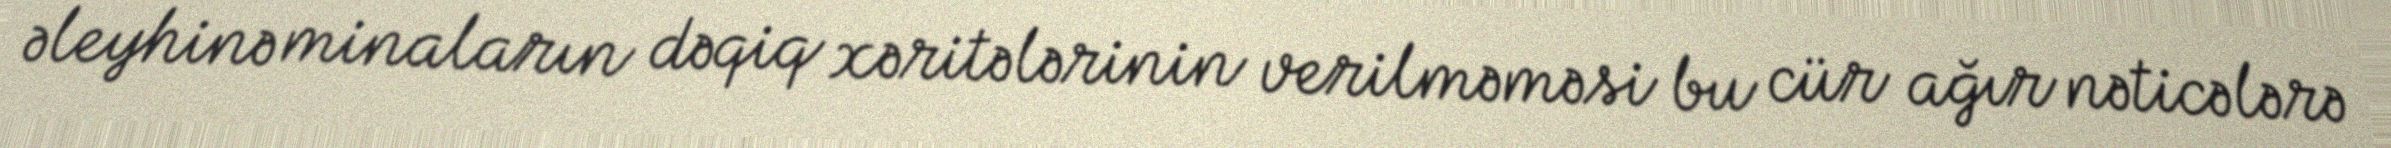
əleyhinə minaların dəqiq xəritələrinin verilməməsi bu cür ağır nəticələrə